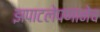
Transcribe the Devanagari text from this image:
झपाटलेपणानेच